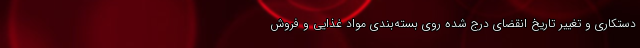
دستکاری و تغییر تاریخ انقضای درج شده روی بسته‌بندی مواد غذایی و فروش